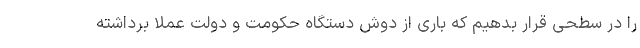
را در سطحی قرار بدهیم که باری از دوش دستگاه حکومت و دولت عملاً برداشته